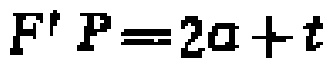
$F' P=2a + t$